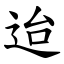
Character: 迨